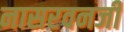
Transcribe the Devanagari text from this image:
नासरवनजी